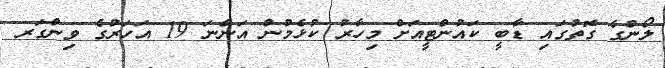
ލޯންގެ ގޮތުގައި ޑާބީ ކައުންޓީއަށް މިހާރު ކުޅެމުން އަންނަ 19 އަހަރުގެ ވިންގަރ